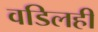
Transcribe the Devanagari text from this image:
वडिलही